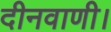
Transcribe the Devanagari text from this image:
दीनवाणी।